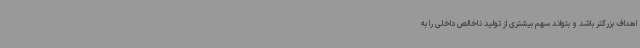
اهداف بزرگتر باشد و بتواند سهم بیشتری از تولید ناخالص داخلی را به